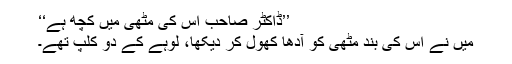
’’ڈاکٹر صاحب اس کی مٹھی میں کچھ ہے‘‘
میں نے اس کی بند مٹھی کو آدھا کھول کر دیکھا، لوہے کے دو کلپ تھے۔